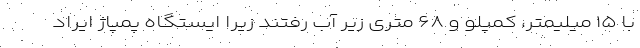
با ۱۵ میلیمتر، کمپلو و ۶۸ متری زیر آب رفتند زیرا ایستگاه پمپاژ ایراد